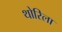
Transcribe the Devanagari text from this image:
थोरिला